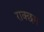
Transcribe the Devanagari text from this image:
राक्छम